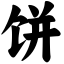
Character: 饼